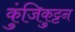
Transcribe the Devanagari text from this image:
कुंजिकुट्टन